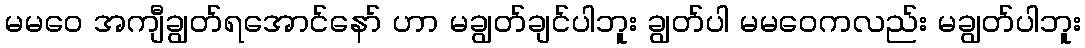
မမဝေ အကျီချွတ်ရအောင်နော် ဟာ မချွတ်ချင်ပါဘူး ချွတ်ပါ မမဝေကလည်း မချွတ်ပါဘူး